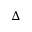
\Delta